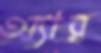
অ্যার